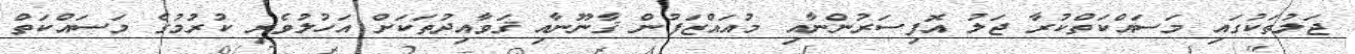
ޖަލުތަކުގައި މަސައްކަތްކުރާ ޖަލު އޮފިސަރުންނާއި މުއައްޒަފުން ޤާނޫނާއި ޤަވާއިދުތަކަށް އަހުލުވެރި ކުރުމުގެ މަސައްކަތް